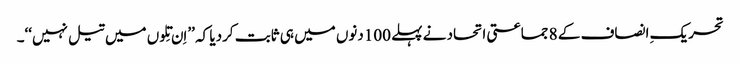
تحریکِ انصاف کے 8 جماعتی اتحاد نے پہلے 100دنوں میں ہی ثابت کردیا کہ ’’اِن تِلوں میں تیل نہیں‘‘۔